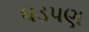
ઘડપણ